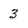
Character: 3